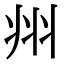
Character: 𭘀